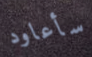
سأعاود